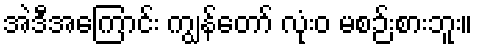
အဲဒီအကြောင်း ကျွန်တော် လုံးဝ မစဉ်းစားဘူး။